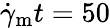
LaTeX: \dot{\gamma}_{\mathrm{m}}t=50